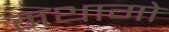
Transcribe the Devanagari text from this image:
मथागो